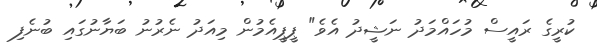
ކުރީގެ ރައީސް މުހައްމަދު ނަޝީދު އެވެ" ޕީޕީއެމުން މިއަދު ނެރުނު ބަޔާނުގައި ބުނެފި